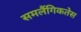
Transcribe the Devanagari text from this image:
समलैंगिकतेस